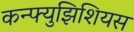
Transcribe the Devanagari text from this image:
कन्फ्युझिशियस